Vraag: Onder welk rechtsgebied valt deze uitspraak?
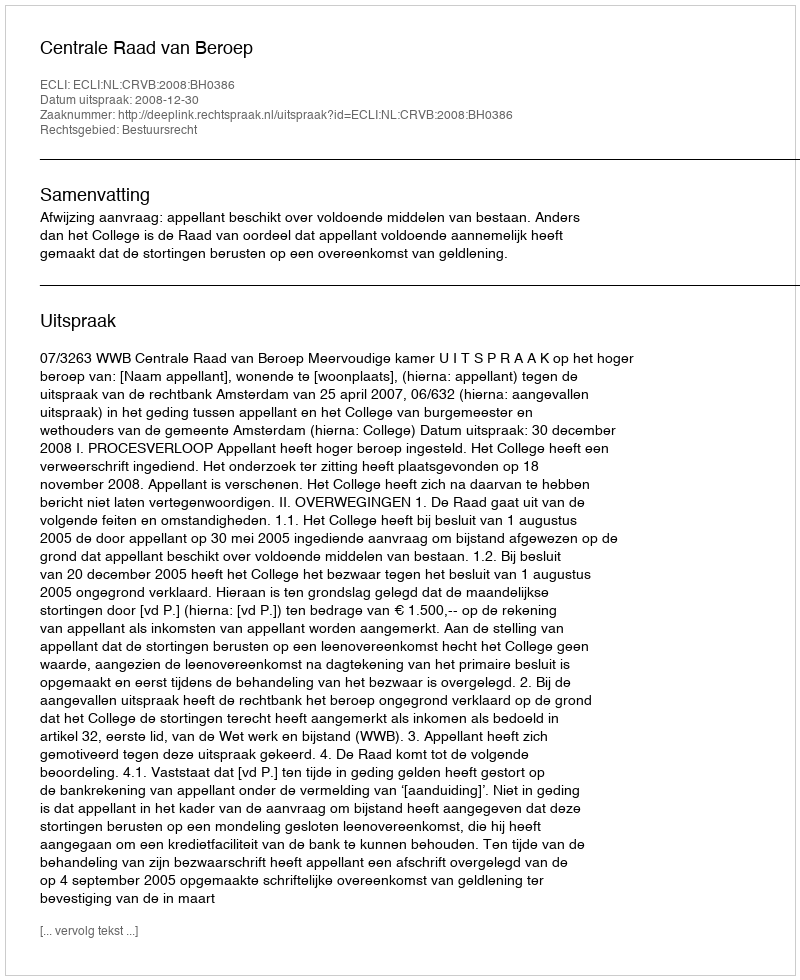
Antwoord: Bestuursrecht